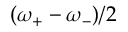
( \omega _ { + } - \omega _ { - } ) / 2